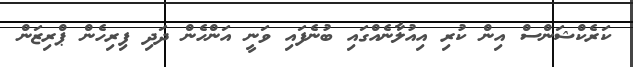
ކަރެކްޝަންސް އިން ކުރި އިއުލާނެއްގައި ބުނެފައި ވަނީ އަންހެން ދަދި ފިރިހެން ޕްރިޒަން